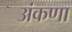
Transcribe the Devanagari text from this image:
अंकणा